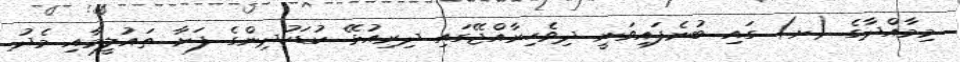
މިމާއްދާގެ (ށ) ގައި ބުނެފައިވަނީ ދިވެހިރާއްޖޭގައި ދިރިއުޅޭ ކުޑަކުދިންގެ ފަށާ ތައުލީމާއި މެދު